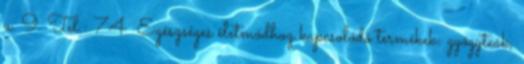
u. 9. Tel.: 74 Egészséges életmódhoz kapcsolódó termékek: gyógyteák,